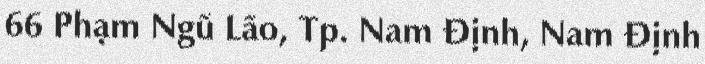
66 Phạm Ngũ Lão, Tp. Nam Định, Nam Định